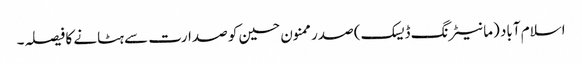
اسلام آباد (مانیٹرنگ ڈیسک) صدر ممنون حسین کو صدارت سے ہٹانے کا فیصلہ۔